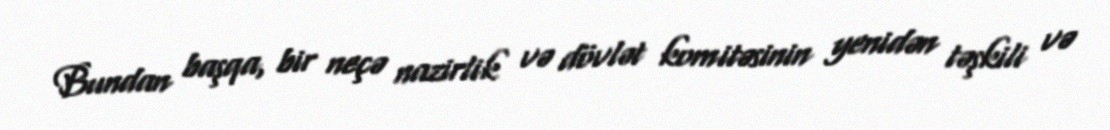
Bundan başqa, bir neçə nazirlik və dövlət komitəsinin yenidən təşkili və